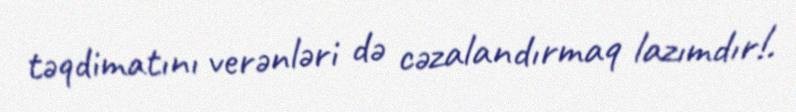
təqdimatını verənləri də cəzalandırmaq lazımdır!.